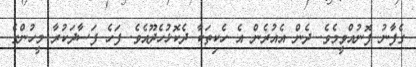
ގެފާނު ފޮނުއްވީމެވެ. ދެން އެއުރެން އެ ހެކިތަކާ ދެކޮޅުހެދޫއެވެ. ފަހެ ފަސާދަކުރާ މީހުންގެ